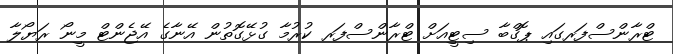
ޓްރާންސްފަރގައި ޕޮގްބާ ސިޓީއަށް ޓްރާންސްފަރ ކުރުމާ ގުޅޭގޮތުން އޭނާގެ އޭޖެންޓް މީނޯ ރަޔޯލާ